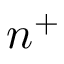
n ^ { + }